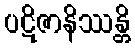
ပဋိဇာနိဿန္တိ